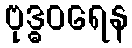
ဗုဒ္ဓဝရေန